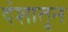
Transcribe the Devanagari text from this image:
दंशातून